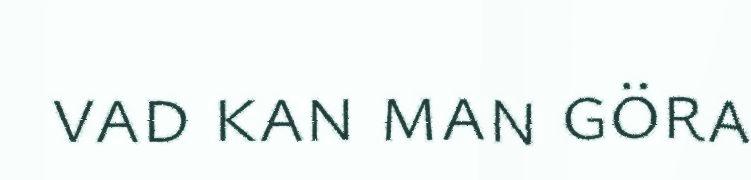
vad kan man göra